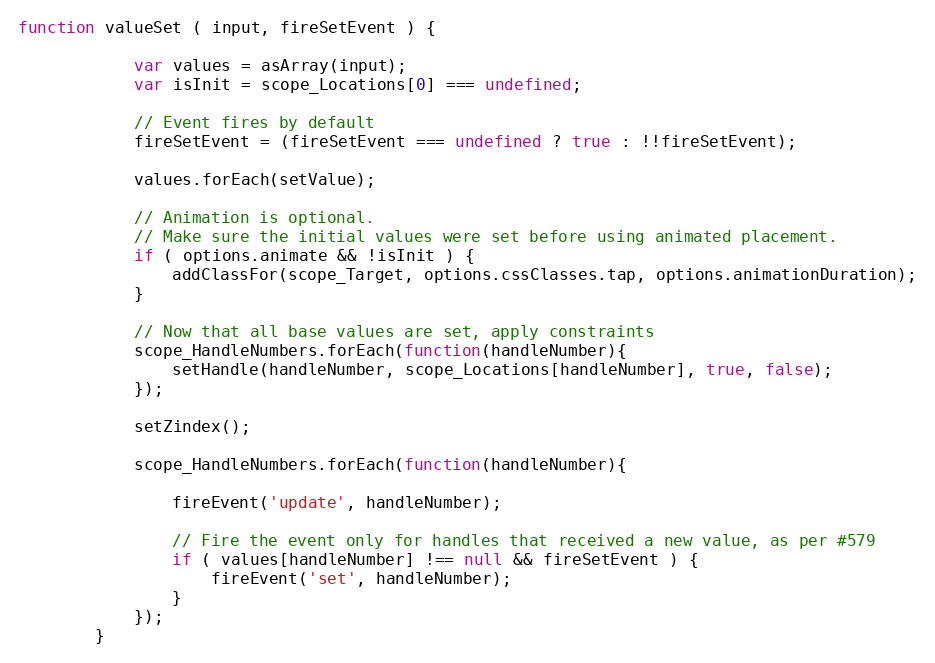
Language: JavaScript
function valueSet ( input, fireSetEvent ) {

            var values = asArray(input);
            var isInit = scope_Locations[0] === undefined;

            // Event fires by default
            fireSetEvent = (fireSetEvent === undefined ? true : !!fireSetEvent);

            values.forEach(setValue);

            // Animation is optional.
            // Make sure the initial values were set before using animated placement.
            if ( options.animate && !isInit ) {
                addClassFor(scope_Target, options.cssClasses.tap, options.animationDuration);
            }

            // Now that all base values are set, apply constraints
            scope_HandleNumbers.forEach(function(handleNumber){
                setHandle(handleNumber, scope_Locations[handleNumber], true, false);
            });

            setZindex();

            scope_HandleNumbers.forEach(function(handleNumber){

                fireEvent('update', handleNumber);

                // Fire the event only for handles that received a new value, as per #579
                if ( values[handleNumber] !== null && fireSetEvent ) {
                    fireEvent('set', handleNumber);
                }
            });
        }